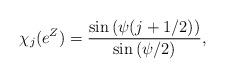
LaTeX: \begin{align*}\chi_j(e^Z) = {\sin{(\psi(j+1/2))}\over\sin{(\psi/2)}},\end{align*}